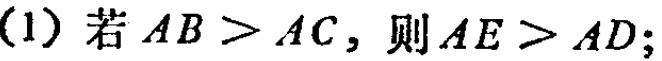
(1) 若 \(AB > AC\)，则 \(AE > AD\)；